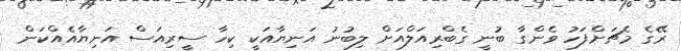
ރޭގެ މެޗަށްފަހު ވެންގާ ބުނީ ގެބްރިއަލްއަށް ލިބުނު އަނިޔާއަކީ ކިހާ ސީރިއަސް އަނިޔާއެއްކަން